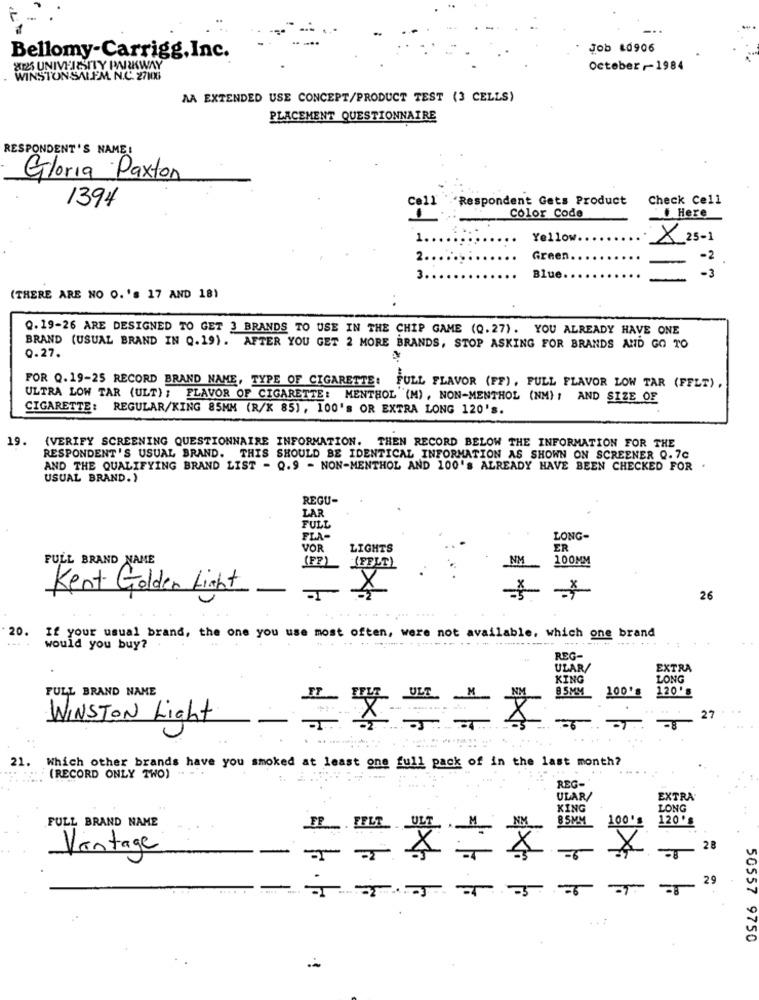
Job 10906
Bellomy-Carrigg,Inc.
XI25 UNIVERSITY PARKWAY
October -- 1984
WINSTONSALEM. N.C. 27106
MA EXTENDED USE CONCEPT/PRODUCT TEST (3 CELLS)
PLACEMENT QUESTIONNAIRE
RESPONDENT'S NAME:
Gloria Paxton
1394
"Respondent Gets Product
Check Cell
Coll
Color Code
Here
Yellow.
X 25-1
2.
Green
-2
Blue
3.
- 3
(THERE ARE NO O. 's 17 AND 18)
Q.19-26 ARE DESIGNED TO GET 3 BRANDS TO USE IN THE CHIP GAME (Q.27). YOU ALREADY HAVE ONE
0.27.
BRAND (USUAL BRAND IN Q.19). AFTER YOU GET 2 MORE BRANDS, STOP ASKING FOR BRANDS AND GO TO
FOR Q.19-25 RECORD BRAND NAME, TYPE OF CIGARETTE: FULL FLAVOR (FF) , FULL FLAVOR LOW TAR (FFLT),
ULTRA LOW TAR (ULT) ; FLAVOR OF CIGARETTE: MENTHOL (M) , NON-MENTHOL (NM) : AND SIZE OF
CIGARETTE: REGULAR/KING 85MM (R/K 85), 100's OR EXTRA LONG 120's.
19.
{VERIFY SCREENING QUESTIONNAIRE INFORMATION. THEN RECORD BELOW THE INFORMATION FOR THE
RESPONDENT'S USUAL BRAND. THIS SHOULD BE IDENTICAL INFORMATION AS SHOWN ON SCREENER Q.70
AND THE QUALIFYING BRAND LIST - Q.9 - NON-MENTHOL AND 100's ALREADY HAVE BEEN CHECKED FOR
USUAL BRAND.)
REGU-
LA
FULL
FLA-
LONG-
VOR
LIGHTS
ER
FULL BRAND NAME
(FP)
NM
100MM
Kent Golden Light
*
26
20. If your usual brand, the one you use most often, were not available, which one brand
... ..... .......
...
would you buy?
REG-
ULAR/
EXTRA
KING
LONG
FULL BRAND NAME
120's
8 5MM
100's
WINSTON Light
27
. Which other brands have you smoked at least one full pack of in the last month?
(RECORD ONLY TWO) ..
REG-
ULAR/
EXTRA
KING
LONG
120'
FULL BRAND NAME
100%
Vantage
28
29
-5
50557 9750